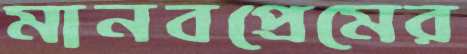
মানবপ্রেমের